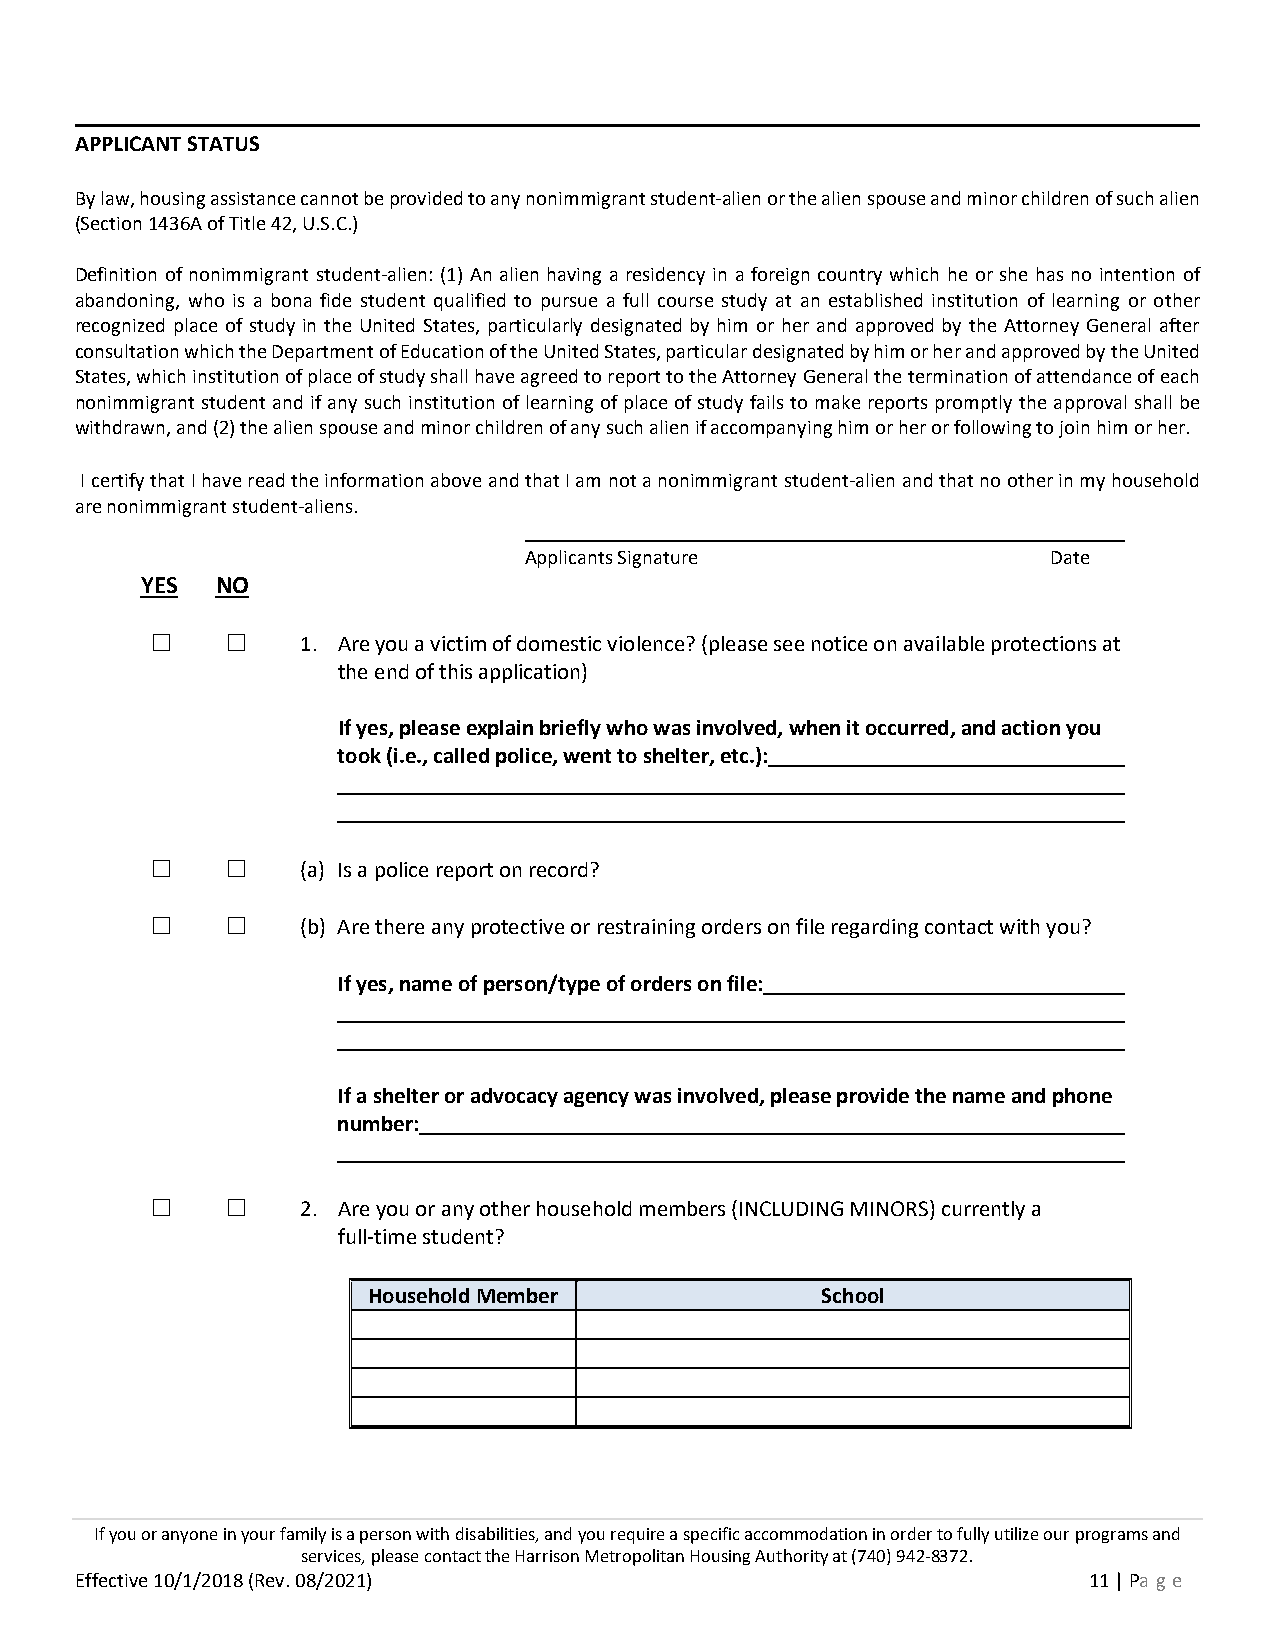
APPLICANT STATUS
 By law, housing assistance cannot be provided to any nonimmigrant student-alien or the alien spouse and minor children of such alien
 (Section 1436A of Title 42, U.S.C.)
 Definition of nonimmigrant student-alien: (1) An alien having a residency in a foreign country which he or she has no intention of
 abandoning, who is a bona fide student qualified to pursue a full course study at an established institution of learning or other
 recognized place of study in the United States, particularly designated by him or her and approved by the Attorney General after
 consultation which the Department of Education of the United States, particular designated by him or her and approved by the United
 States, which institution of place of study shall have agreed to report to the Attorney General the termination of attendance of each
 nonimmigrant student and if any such institution of learning of place of study fails to make reports promptly the approval shall be
 withdrawn, and (2) the alien spouse and minor children of any such alien if accompanying him or her or following to join him or her.
 I certify that I have read the information above and that I am not a nonimmigrant student-alien and that no other in my household
 are nonimmigrant student-aliens.
 Applicants Signature               Date
 YES  NO
 ☐    ☐    1. Are you a victim of domestic violence? (please see notice on available protections at
 the end of this application)
 If yes, please explain briefly who was involved, when it occurred, and action you
 took (i.e., called police, went to shelter, etc.):
 ☐    ☐    (a) Is a police report on record?
 ☐    ☐    (b) Are there any protective or restraining orders on file regarding contact with you?
 If yes, name of person/type of orders on file:
 If a shelter or advocacy agency was involved, please provide the name and phone
 number:
 ☐    ☐    2. Are you or any other household members (INCLUDING MINORS) currently a
 full-time student?
 Household Member              School
 If you or anyone in your family is a person with disabilities, and you require a specific accommodation in order to fully utilize our programs and
 services, please contact the Harrison Metropolitan Housing Authority at (740) 942-8372.
 Effective 10/1/2018 (Rev. 08/2021)                                 11 | Pa ge